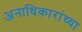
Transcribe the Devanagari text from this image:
अनाधिकारांच्या